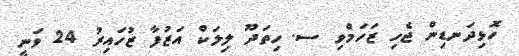
ހޮޅިދަނޑިން ޖެހި ޒަހަމްވި ސ. ހިތަދޫ ލިލަކް އަޒުފާ ޒުހައިރު 24 ވަނީ